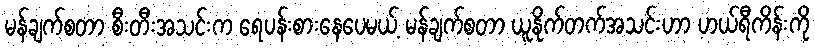
မန်ချက်စတာ စီးတီးအသင်းက ရေပန်းစားနေပေမယ့် မန်ချက်စတာ ယူနိုက်တက်အသင်းဟာ ဟယ်ရီကိန်းကို